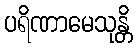
ပရိဏာမေသုန္တိ